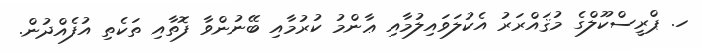
ހ. ޕްރީސްކޫލްގެ މުޤައްރަރު އެކުލަވައިލުމާއި ޢާންމު ކުރުމާއި ބޭނުންވާ ފޮތާއި ތަކެތި އުފެއްދުން.